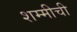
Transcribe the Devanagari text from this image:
शम्मीची